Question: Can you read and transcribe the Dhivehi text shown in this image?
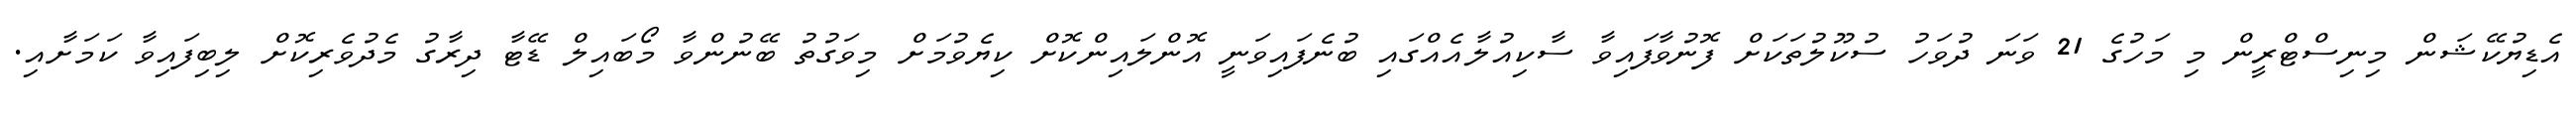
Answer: އެޑިޔުކޭޝަން މިނިސްޓްރީން މި މަހުގެ 21 ވަނަ ދުވަހު ސުކޫލުތަކަށް ފޮނުވާފައިވާ ސާކިއުލާއެއްގައި ބުނެފައިވަނީ އޮންލައިންކޮށް ކިޔެވުމަށް މިވަގުތު ބޭނުންވާ މޯބައިލް ޑޭޓާ ދިރާގު މެދުވެރިކޮށް ލިބިފައިވާ ކަމަށާއި.